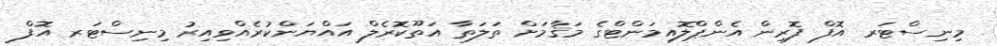
މިނިސްޓަރ އޮފް ފޮރިން އެންޕްލޮއިމަންޓްގެ މަޤާމަށް ތަލަތާ އަތޫކޮރެލް އައްޔަންކުރެއްވިއިރު މިނިސްޓަރ އޮފް